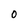
Character: 0